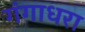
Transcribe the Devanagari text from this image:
गंगाधरा